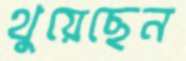
থুয়েছেন